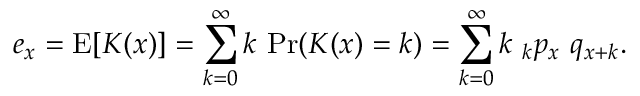
e _ { x } = \operatorname { E } [ K ( x ) ] = \sum _ { k = 0 } ^ { \infty } k \, \operatorname* { P r } ( K ( x ) = k ) = \sum _ { k = 0 } ^ { \infty } k \, \, _ { k } p _ { x } \, \, q _ { x + k } .